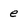
Character: e